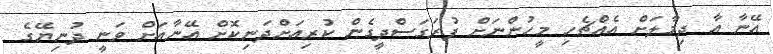
އޭނާ އާ ދިމާލަށް އެއްޗެހި މީހުންނަށް ފުރަގަސްދީގެން ކުރިއަށްދަނިކޮށް އޭނާއަށް ވަނީ ދުނިޔޭގެ